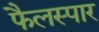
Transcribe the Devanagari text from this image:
फैलस्पार